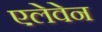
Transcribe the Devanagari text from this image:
एलेवेन